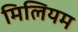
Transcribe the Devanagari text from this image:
मिलियम